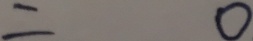
= 0